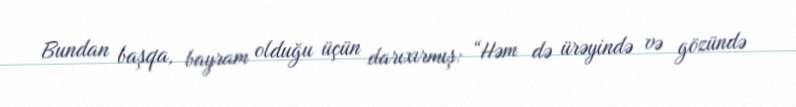
Bundan başqa, bayram olduğu üçün darıxırmış: “Həm də ürəyində və gözündə